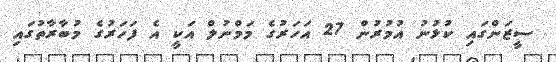
ސީޒަންގައި ކުޅުނު އުމުރުން 27 އަހަރުގެ މަމްނުލް އަކީ އެ ފަހަރުގެ މުބާރާތުގައި